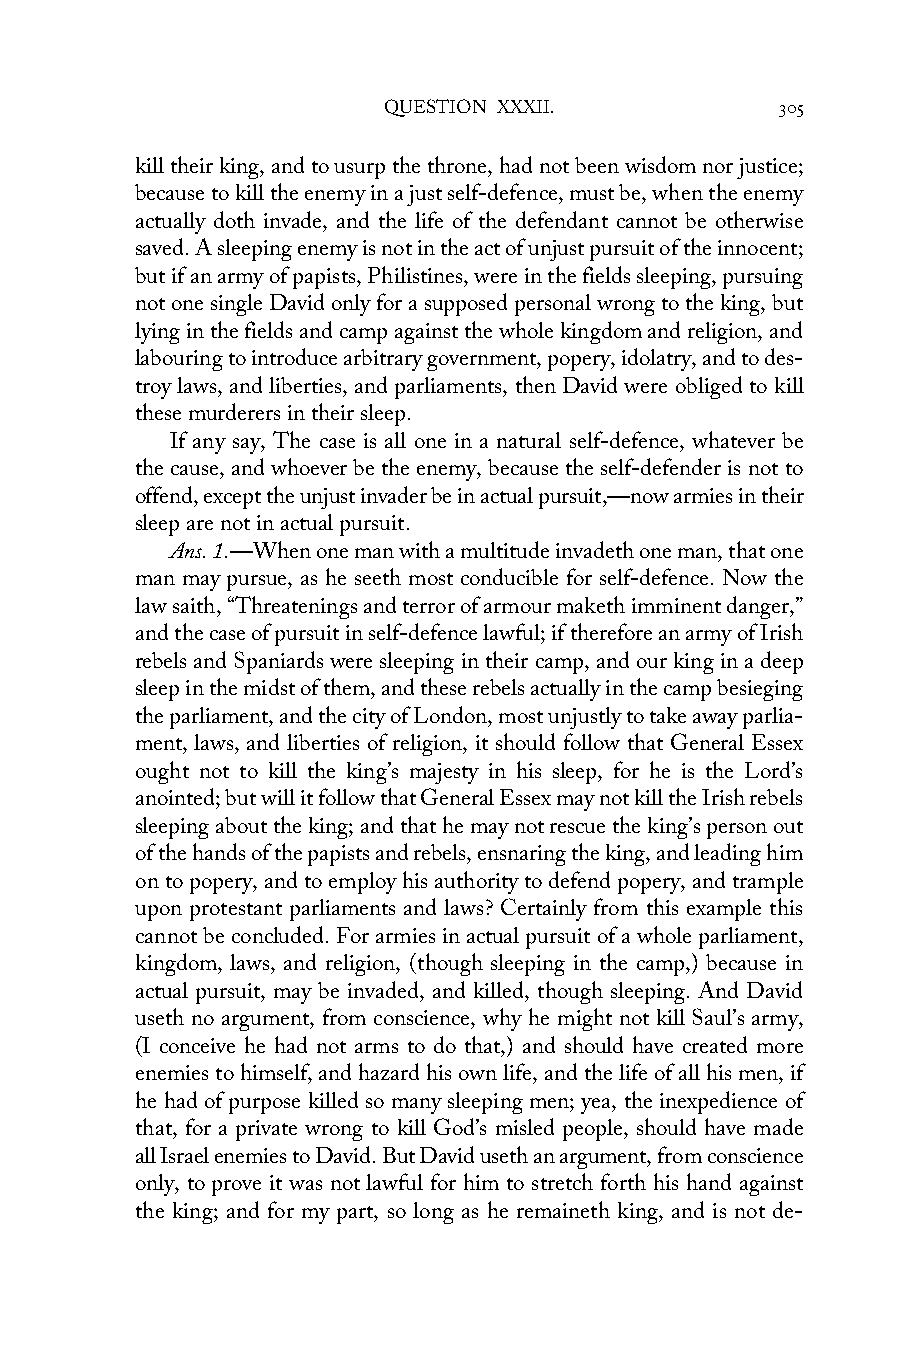
QUESTION XXXII.            305
 kill their king, and to usurp the throne, had not been wisdom nor justice;
 because to kill the enemy in a just self-defence, must be, when the enemy
 actually doth invade, and the life of the defendant cannot be otherwise
 saved. A sleeping enemy is not in the act of unjust pursuit of the innocent;
 but if an army of papists, Philistines, were in the fields sleeping, pursuing
 not one single David only for a supposed personal wrong to the king, but
 lying in the fields and camp against the whole kingdom and religion, and
 labouring to introduce arbitrary government, popery, idolatry, and to des-
 troy laws, and liberties, and parliaments, then David were obliged to kill
 these murderers in their sleep.
 If any say, The case is all one in a natural self-defence, whatever be
 the cause, and whoever be the enemy, because the self-defender is not to
 offend, except the unjust invader be in actual pursuit,—now armies in their
 sleep are not in actual pursuit.
 Ans. 1.—When one man with a multitude invadeth one man, that one
 man may pursue, as he seeth most conducible for self-defence. Now the
 law saith, “Threatenings and terror of armour maketh imminent danger,”
 and the case of pursuit in self-defence lawful; if therefore an army of Irish
 rebels and Spaniards were sleeping in their camp, and our king in a deep
 sleep in the midst of them, and these rebels actually in the camp besieging
 the parliament, and the city of London, most unjustly to take away parlia-
 ment, laws, and liberties of religion, it should follow that General Essex
 ought not to kill the king’s majesty in his sleep, for he is the Lord’s
 anointed; but will it follow that General Essex may not kill the Irish rebels
 sleeping about the king; and that he may not rescue the king’s person out
 of the hands of the papists and rebels, ensnaring the king, and leading him
 on to popery, and to employ his authority to defend popery, and trample
 upon protestant parliaments and laws? Certainly from this example this
 cannot be concluded. For armies in actual pursuit of a whole parliament,
 kingdom, laws, and religion, (though sleeping in the camp,) because in
 actual pursuit, may be invaded, and killed, though sleeping. And David
 useth no argument, from conscience, why he might not kill Saul’s army,
 (I conceive he had not arms to do that,) and should have created more
 enemies to himself, and hazard his own life, and the life of all his men, if
 he had of purpose killed so many sleeping men; yea, the inexpedience of
 that, for a private wrong to kill God’s misled people, should have made
 all Israel enemies to David. But David useth an argument, from conscience
 only, to prove it was not lawful for him to stretch forth his hand against
 the king; and for my part, so long as he remaineth king, and is not de-